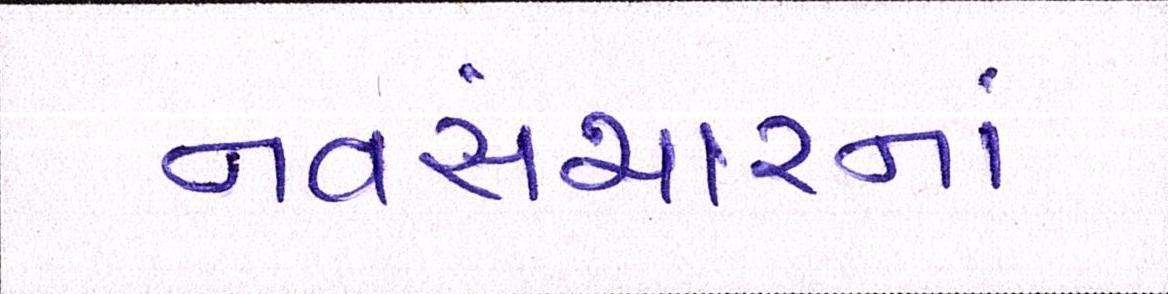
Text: નવસંચારનાં